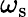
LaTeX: \omega_{\mathrm{s}}